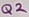
Text: Q2